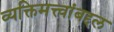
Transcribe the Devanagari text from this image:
व्यक्तिमत्त्वांबद्दल